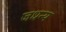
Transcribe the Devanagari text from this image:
जधन्य